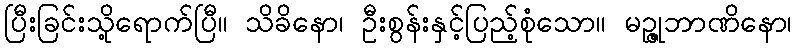
ပြီးခြင်းသို့ရောက်ပြီ။ သိခိနော၊ ဦးစွန်းနှင့်ပြည့်စုံသော။ မဉ္ဇုဘာဏိနော၊